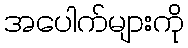
အပေါက်များကို